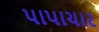
પાપાચાર